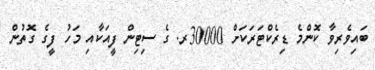
ބައިވެރިވާ ކޮންމެ ޑިރެކްޓަރަކަށް 30000ރ. ގެ ސިޓިން ފީއަކާއި މަހު ފީގެ ގޮތުން